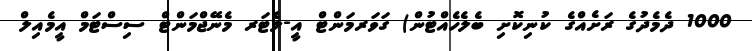
1000 ދެމެދުގެ ރަށެއްގެ ކުނިކޮށި ބެލެހެއްޓުން) ގަވަރމަންޓް އީ-ލެޓަރ މެނޭޖްމަންޓް ސިސްޓަމް އީމެއިލް